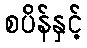
စပိန်နှင့်